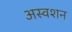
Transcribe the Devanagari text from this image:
अस्वशन